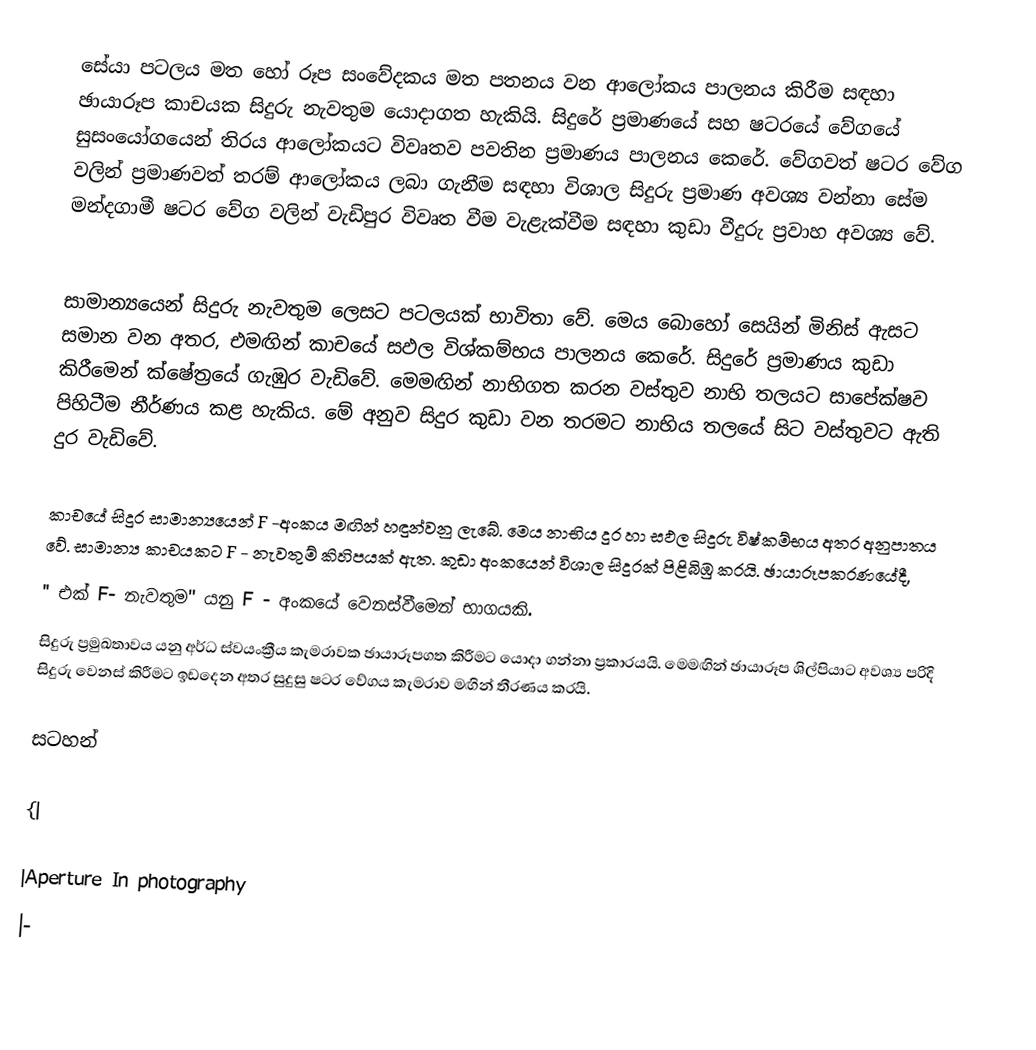
සේයා පටලය මත හෝ රූප සංවේදකය මත පතනය වන ආලෝකය පාලනය කිරීම සඳහා ඡායාරූප කාචයක සිදුරු නැවතුම යොදාගත හැකියි. සිදුරේ ප්‍රමාණයේ සහ ෂටරයේ වේගයේ සුසංයෝගයෙන් තිරය ආලෝකයට විවෘතව පවතින ප්‍රමාණය පාලනය කෙරේ. වේගවත් ෂටර වේග වලින් ප්‍රමාණවත් තරම් ආලෝකය ලබා ගැනීම සඳහා විශාල සිදුරු ප්‍රමාණ අවශ්‍ය වන්නා සේම මන්දගාමී ෂටර වේග වලින් වැඩිපුර විවෘත වීම වැළැක්වීම සඳහා කුඩා වීදුරු ප්‍රවාහ අවශ්‍ය වේ.

සාමාන්‍යයෙන් සිදුරු නැවතුම ලෙසට පටලයක් භාවිතා වේ. මෙය බොහෝ සෙයින් මිනිස් ඇසට සමාන වන අතර, එමඟින්  කාචයේ සඵල විශ්කම්භය පාලනය කෙරේ. සිදුරේ ප්‍රමාණය කුඩා කිරීමෙන් ක්ෂේත්‍රයේ ගැඹුර වැඩිවේ. මෙමඟින්  නාභිගත කරන වස්තුව නාභි තලයට සාපේක්ෂව පිහිටීම නීර්ණය කළ හැකිය. මේ අනුව සිදුර කුඩා වන තරමට නාභිය තලයේ සිට වස්තුවට ඇති දුර වැඩිවේ.

කාචයේ සිදුර සාමාන්‍යයෙන් F -අංකය මඟින්  හඳුන්වනු ලැබේ. මෙය නාභිය දුර හා සඵල සිදුරු විෂ්කම්භය අතර අනුපාතය වේ. සාමාන්‍ය කාචයකට F - නැවතුම් කිහිපයක් ඇත. කුඩා අංකයෙන් විශාල සිදුරක් පිළිබිඹු කරයි. ඡායාරූපකරණයේදී,
'' එක් F- නැවතුම" යනු F - අංකයේ වෙනස්වීමෙන්   භාගයකි.
සිදුරු ප්‍රමුඛතාවය යනු අර්ධ ස්වයංක්‍රීය කැමරාවක ඡායාරූපගත කිරීමට යොදා ගන්නා ප්‍රකාරයයි. මෙමඟින් ඡායාරූප ශිල්පියාට අවශ්‍ය පරිදි සිදුරු වෙනස් කිරීමට ඉඩදෙන අතර සුදුසු ෂටර වේගය කැමරාව මඟින්  තීරණය කරයි.

සටහන්

{|

|Aperture In photography
|-